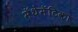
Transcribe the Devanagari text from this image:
मॅथेमॅटिका